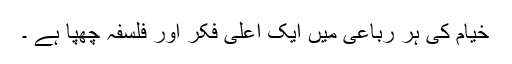
خیام کی ہر رباعی میں ایک اعلی فکر اور فلسفہ چھپا ہے ۔